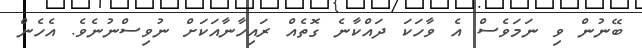
ބޭނުން ވި ނަމަވެސް އެ ވާހަކަ ދައްކާނެ ގޮތެއް ރައިހާނާއަކަށް ނުވިސްނުނެވެ. އެހެން